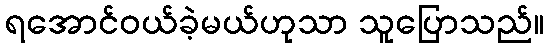
ရအောင်ဝယ်ခဲ့မယ်ဟုသာ သူပြောသည်။